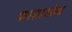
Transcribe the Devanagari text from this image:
फरशाओस्त्र